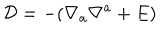
{ \cal D } = - ( \nabla _ { a } \nabla ^ { a } + E )